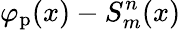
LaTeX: \varphi_{\mathrm{p}}(x)-S_{m}^{n}(x)